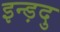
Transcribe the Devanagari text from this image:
इन्ड़दु